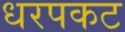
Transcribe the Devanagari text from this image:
धरपकट